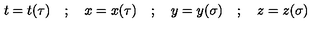
t = t ( \tau ) \quad ; \quad x = x ( \tau ) \quad ; \quad y = y ( \sigma ) \quad ; \quad z = z ( \sigma )